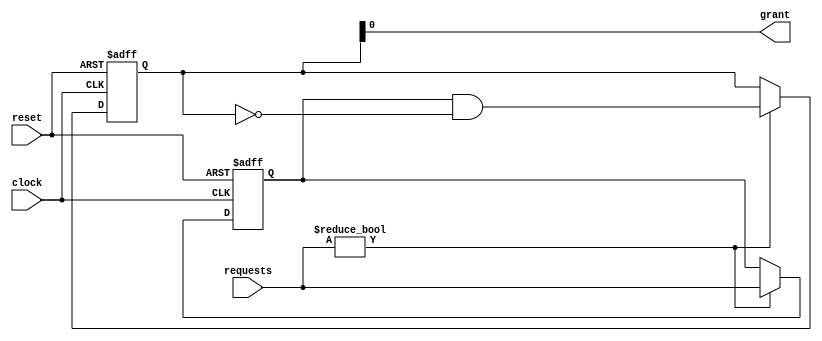
module SerialArbiter (
    input wire clock,
    input wire reset,
    input wire [7:0] requests,
    output wire grant
);

reg [7:0] priority;
reg [7:0] granted_request;

always @(posedge clock or posedge reset) begin
    if (reset) begin
        priority <= 8'b00000000;
        granted_request <= 8'b00000000;
    end else begin
        if (requests != 8'b00000000) begin
            priority <= requests;
            granted_request <= priority & (~granted_request);
        end
    end
end

assign grant = granted_request[0];

endmodule